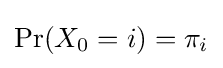
\Pr(X_{0}=i)=\pi _{i}